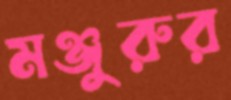
মঞ্জুরুর